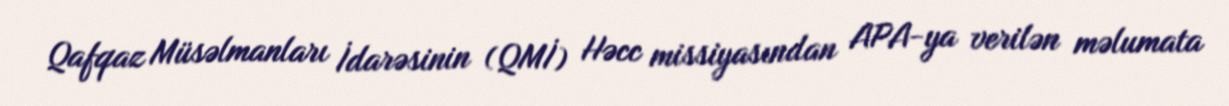
Qafqaz Müsəlmanları İdarəsinin (QMİ) Həcc missiyasından APA-ya verilən məlumata